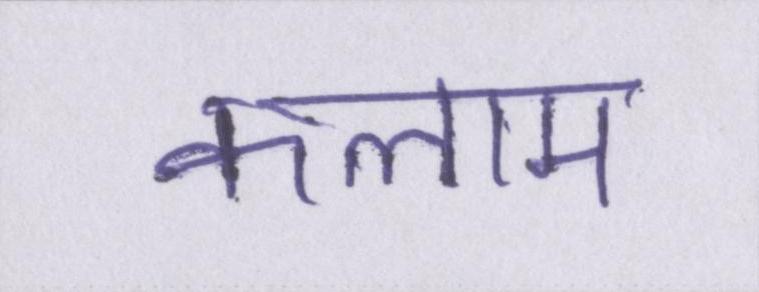
कलाम